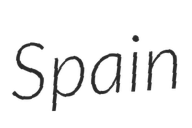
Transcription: Spain